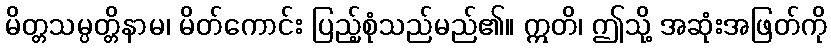
မိတ္တသမ္ပတ္တိနာမ၊ မိတ်ကောင်း ပြည့်စုံသည်မည်၏။ ဣတိ၊ ဤသို့ အဆုံးအဖြတ်ကို